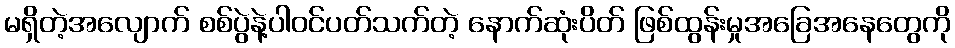
မရှိတဲ့အလျောက် စစ်ပွဲနဲ့ပါဝင်ပတ်သက်တဲ့ နောက်ဆုံးပိတ် ဖြစ်ထွန်းမှုအခြေအနေတွေကို